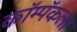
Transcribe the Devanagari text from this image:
कॉम्पॅकला